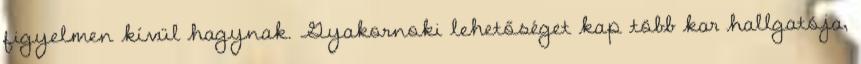
figyelmen kívül hagynak. Gyakornoki lehetőséget kap több kar hallgatója,